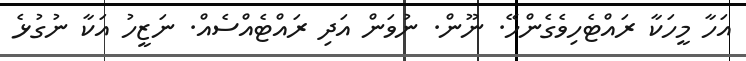
އަހާ މީހަކާ ރައްޓެހިވެގެންހޭ. ނޫން. ނުވަން އަދި ރައްޓެއްސެއް. ނަޒީހު އަކާ ނުގުޅެ